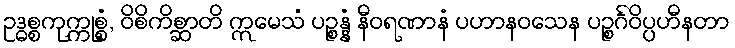
ဥဒ္ဓစ္စကုက္ကုစ္စံ, ဝိစိကိစ္ဆာတိ ဣမေသံ ပဉ္စန္နံ နီဝရဏာနံ ပဟာနဝသေန ပဉ္စင်္ဂဝိပ္ပဟီနတာ